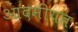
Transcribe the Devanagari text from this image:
आदमीयत